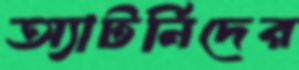
অ্যাটর্নিদের